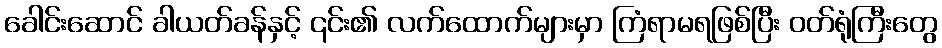
ခေါင်းဆောင် ခါယတ်ခန်နှင့် ၎င်း၏ လက်ထောက်များမှာ ကြံရာမရဖြစ်ပြီး ဝတ်ရုံကြီးတွေ